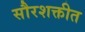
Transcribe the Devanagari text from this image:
सौरशक्तीत